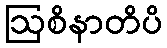
ဩစိနာတိပိ